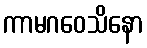
ကာမဂဝေသိနော